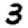
Digit: 3